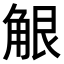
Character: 𧣢